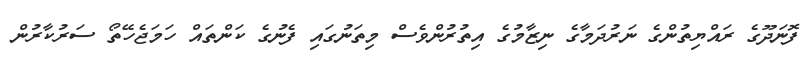
ފޮނަދޫގެ ރައްޔިތުންގެ ނަރުދަމާގެ ނިޒާމުގެ އިތުރުންވެސް މިތަނުގައި ފެނުގެ ކަންތައް ހަމަޖެހޭތޯ ސަރުކާރުން